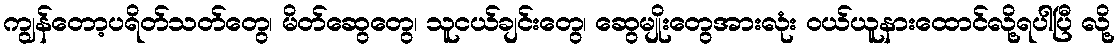
ကျွန်တော့ပရိတ်သတ်တွေ၊ မိတ်ဆွေတွေ၊ သူငယ်ချင်းတွေ၊ ဆွေမျိုးတွေအားလုံး ဝယ်ယူနားထောင်လို့ရပါပြီ လို့